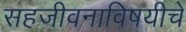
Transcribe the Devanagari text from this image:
सहजीवनाविषयीचे